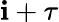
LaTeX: \mathbf{i}+\tau